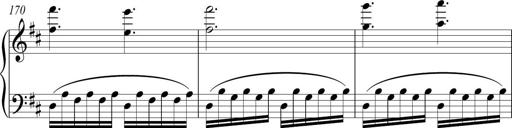
Title: Piano Sonatina in A major
Composer: Z Q Sysmoebius
Key: A major